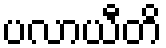
ပလာယီတိ